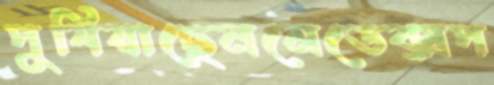
পুষিয়াছেনমেডেক্সপ